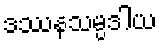
ဒဿနသမ္ပဒါယ